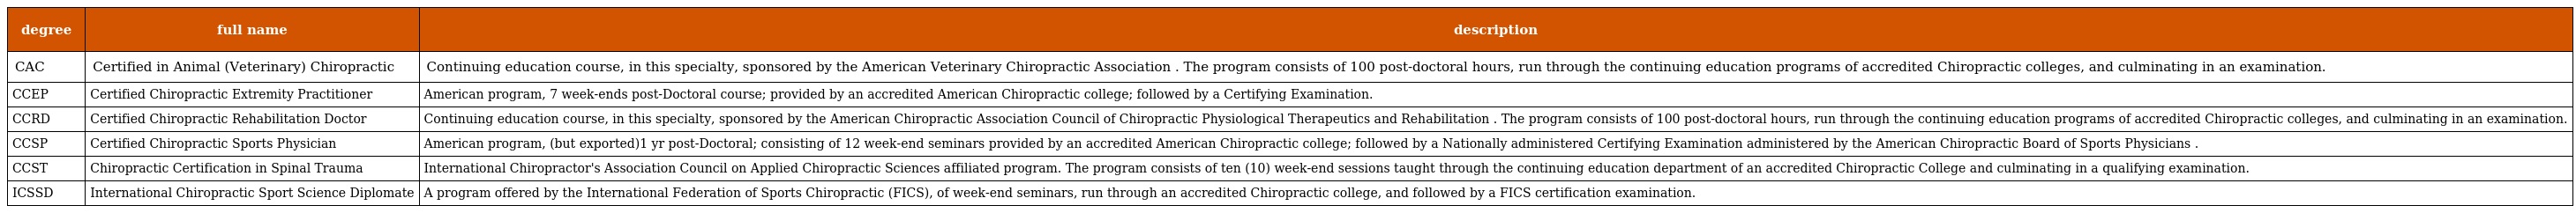
| degree | full name | description |
 | --- | --- | --- |
 | CAC | Certified in Animal (Veterinary) Chiropractic | Continuing education course, in this specialty, sponsored by the American Veterinary Chiropractic Association . The program consists of 100 post-doctoral hours, run through the continuing education programs of accredited Chiropractic colleges, and culminating in an examination. |
 | CCEP | Certified Chiropractic Extremity Practitioner | American program, 7 week-ends post-Doctoral course; provided by an accredited American Chiropractic college; followed by a Certifying Examination. |
 | CCRD | Certified Chiropractic Rehabilitation Doctor | Continuing education course, in this specialty, sponsored by the American Chiropractic Association Council of Chiropractic Physiological Therapeutics and Rehabilitation . The program consists of 100 post-doctoral hours, run through the continuing education programs of accredited Chiropractic colleges, and culminating in an examination. |
 | CCSP | Certified Chiropractic Sports Physician | American program, (but exported)1 yr post-Doctoral; consisting of 12 week-end seminars provided by an accredited American Chiropractic college; followed by a Nationally administered Certifying Examination administered by the American Chiropractic Board of Sports Physicians . |
 | CCST | Chiropractic Certification in Spinal Trauma | International Chiropractor's Association Council on Applied Chiropractic Sciences affiliated program. The program consists of ten (10) week-end sessions taught through the continuing education department of an accredited Chiropractic College and culminating in a qualifying examination. |
 | ICSSD | International Chiropractic Sport Science Diplomate | A program offered by the International Federation of Sports Chiropractic (FICS), of week-end seminars, run through an accredited Chiropractic college, and followed by a FICS certification examination. |